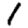
Digit: 1